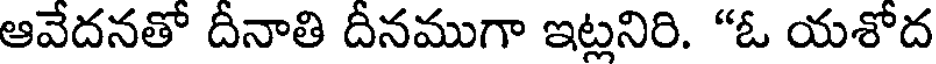
ఆవేదనతో దీనాతి దీనముగా ఇట్లనిరి. "ఓ యశోద